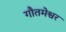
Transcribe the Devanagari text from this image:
गौतमेश्वर